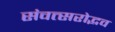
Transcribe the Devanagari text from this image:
संवत्सरोद्भव